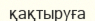
қақтыруға